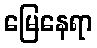
မြေနေရာ